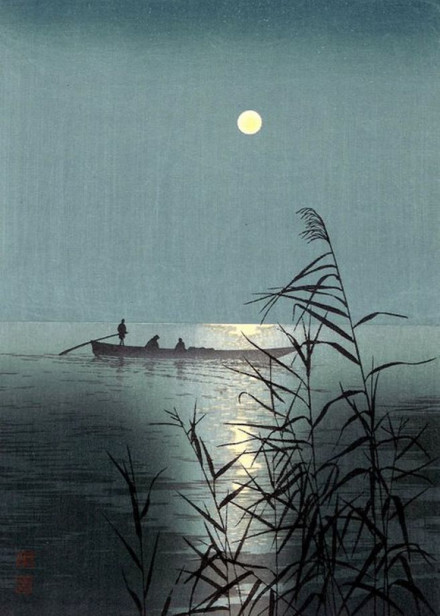
快上西楼，怕天放浮云遮月。